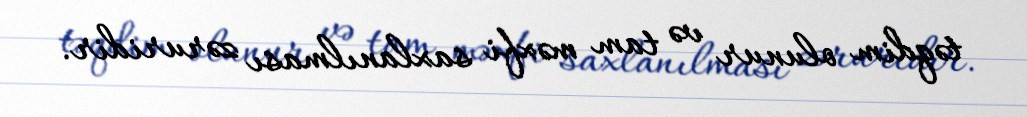
təqdim olunur və tam məxfi saxlanılması zəruridir.